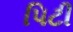
પિટી